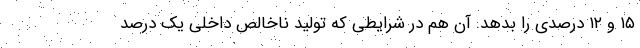
۱۵ و ۱۲ درصدی را بدهد. آن هم در شرایطی که تولید ناخالص داخلی یک درصد